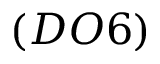
( D O 6 )